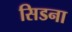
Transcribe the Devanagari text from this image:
सिडना